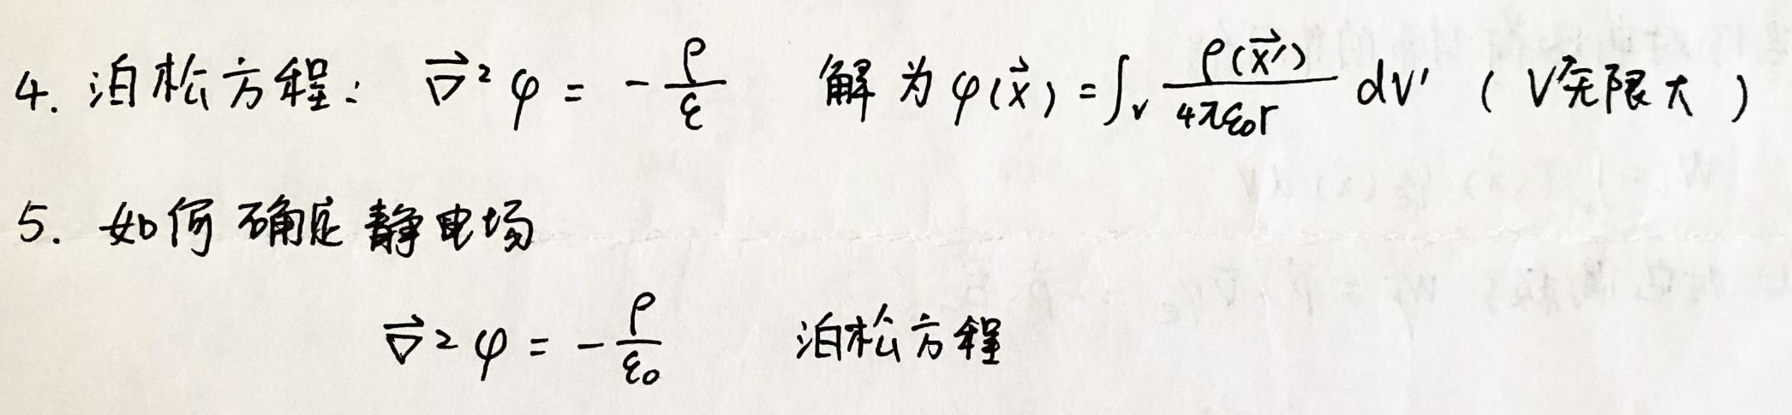
4. 泊松方程：\(\nabla^2 \varphi = -\frac{\rho}{\epsilon_0}\) 解为 \(\varphi(\vec{x})=\int_{V}\frac{\rho(\vec{x}')}{4\pi\epsilon_0 r}dV'\) （\(V\)无限大）

5. 如何确定静电场

\(\nabla^2 \varphi = -\frac{\rho}{\epsilon_0}\) 泊松方程